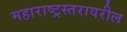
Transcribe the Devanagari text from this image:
महाराष्ट्रस्तरावरील